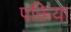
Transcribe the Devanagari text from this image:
पक्तिया